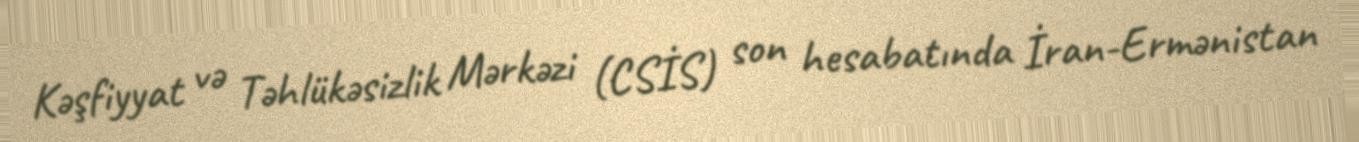
Kəşfiyyat və Təhlükəsizlik Mərkəzi (CSİS) son hesabatında İran-Ermənistan